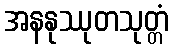
အနနုဿုတသုတ္တံ